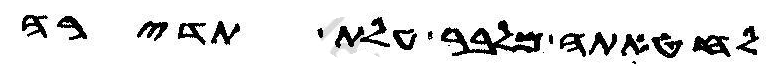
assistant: לחטאתה מלבר עלת תדירה